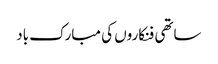
ساتھی فنکاروں‌ کی مبارک باد